Annual statistical returns and brief notes on vaccination in Bengal - 1909-1929
Year: 1909
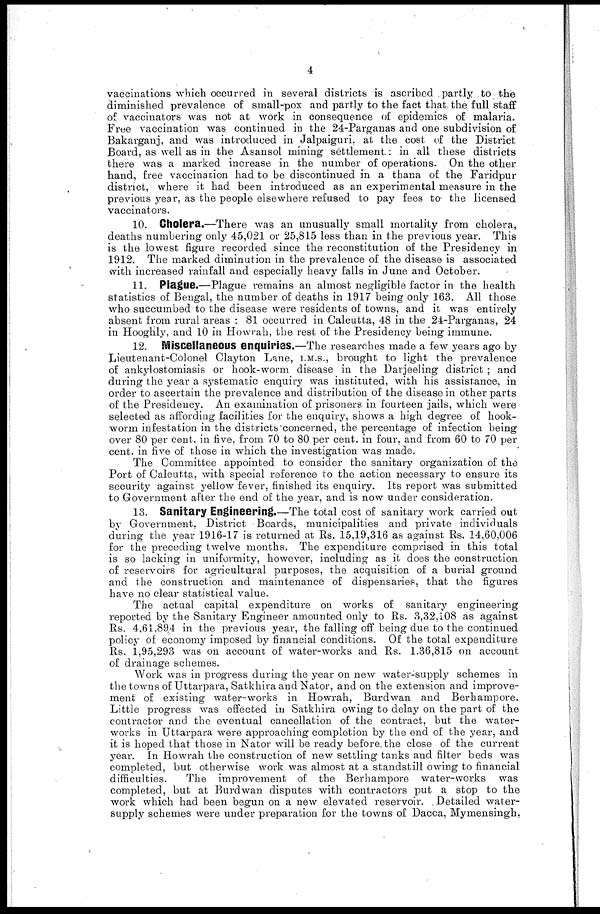
4
vaccinations which occurred in several districts is ascribed partly to the
diminished prevalence of small-pox and partly to the fact that the full staff
of vaccinators was not at work in consequence of epidemics of malaria.
Free vaccination was continued in the 24-Parganas and one subdivision of
Bakarganj, and was introduced in Jalpaiguri. at the cost of the District
Board, as well as in the Asansol mining settlement : in all these districts
there was a marked increase in the number of operations. On the other
hand, free vaccination had to be discontinued in a thana of the Faridpur
district, where it had been introduced as an experimental measure in the
previous year, as the people elsewhere refused to pay fees to the licensed
vaccinators.
10. Cholera.—There was an unusually small mortality from cholera,
deaths numbering only 45,021 or 25,815 less than in the previous year. This
is the lowest figure recorded since the reconstitution of the Presidency in
1912. The marked diminution in the prevalence of the disease is associated
with increased rainfall and especially heavy falls in June and October.
11. Plague.—Plague remains an almost negligible factor in the health
statistics of Bengal, the number of deaths in 1917 being only 163. All those
who succumbed to the disease were residents of towns, and it was entirely
absent from rural areas : 81 occurred in Calcutta, 48 in the 24-Parganas, 24
in Hooghly, and 10 in Howrah, the rest of the Presidency being immune.
12. Miscellaneous enquiries.—The researches made a few years ago by
Lieutenant-Colonel Clayton Lane, I.M.S., brought to light the prevalence
of ankylostomiasis or hook-worm disease in the Darjeeling district ; and
during the year a systematic enquiry was instituted, with his assistance, in
order to ascertain the prevalence and distribution of the disease in other parts
of the Presidency. An examination of prisoners in fourteen jails, which were
selected as affording facilities for the enquiry, shows a high degree of hook-
worm infestation in the districts concerned, the percentage of infection being
over 80 per cent. in five, from 70 to 80 per cent. in four, and from 60 to 70 per
cent. in five of those in which the investigation was made.
The Committee appointed to consider the sanitary organization of the
Port of Calcutta, with special reference to the action necessary to ensure its
security against yellow fever, finished its enquiry. Its report was submitted
to Government after the end of the year, and is now under consideration.
13. Sanitary Engineering.—The total cost of sanitary work carried out
by Government, District Boards, municipalities and private individuals
during the year 1916-17 is returned at Rs. 15,19,316 as against Rs. 14,60,006
for the preceding twelve months. The expenditure comprised in this total
is so lacking in uniformity, however, including as it does the construction
of reservoirs for agricultural purposes, the acquisition of a burial ground
and the construction and maintenance of dispensaries, that the figures
have no clear statistical value.
The actual capital expenditure on works of sanitary engineering
reported by the Sanitary Engineer amounted only to Rs. 3,32,108 as against
Rs. 4,61,89,4 in the previous year, the falling off being due to the continued
policy of economy imposed by financial conditions. Of the total expenditure
Rs. 1,95,293 was on account of water-works and Rs. 1,36,815 on account
of drainage schemes.
Work was in progress during the year on new water-supply schemes in
the towns of Uttarpara, Satkhira and Nator, and on the extension and improve-
ment of existing water-works in Howrah, Burdwan and Berhampore.
Little progress was effected in Satkhira owing to delay on the part of the
contractor and the eventual cancellation of the contract, but the water-
works in Uttarpara were approaching completion by the end of the year, and
it is hoped that those in Nator will be ready before the close of the current
year. In Howrah the construction of new settling tanks and filter beds was
completed, but otherwise work was almost at a standstill owing to financial
difficulties.
The improvement of the Berhampore water-works was
completed, but at Burdwan disputes with contractors put a stop to the
work which had been begun on a new elevated reservoir. Detailed water-
supply schemes were under preparation for the towns of Dacca, Mymensingh,